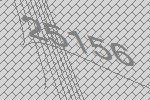
25156